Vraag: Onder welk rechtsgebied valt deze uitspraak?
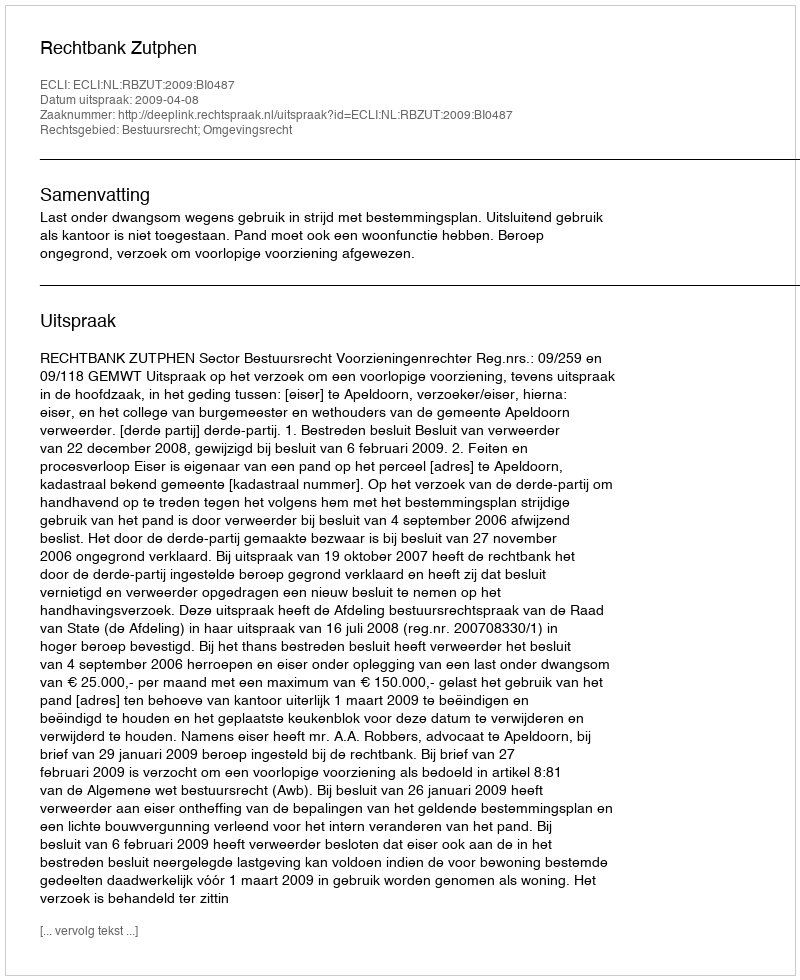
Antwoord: Bestuursrecht; Omgevingsrecht